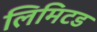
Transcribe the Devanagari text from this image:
लिमिटड